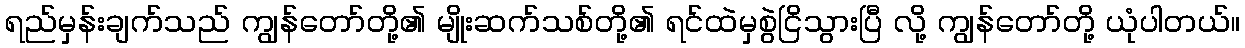
ရည်မှန်းချက်သည် ကျွန်တော်တို့၏ မျိုးဆက်သစ်တို့၏ ရင်ထဲမှစွဲငြိသွားပြီ လို့ ကျွန်တော်တို့ ယုံပါတယ်။